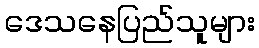
ဒေသနေပြည်သူများ